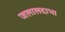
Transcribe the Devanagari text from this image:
जलालदाभा